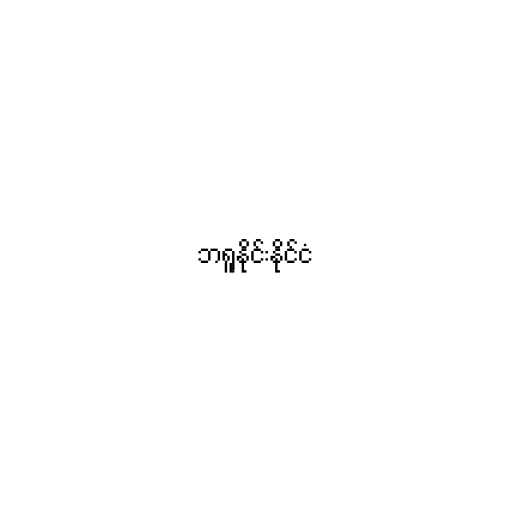
ဘရူနိုင်းနိုင်ငံ